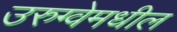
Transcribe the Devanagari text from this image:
उरुग्वेमधील